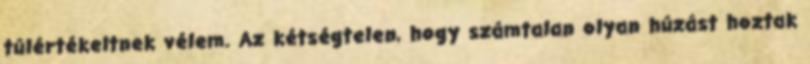
túlértékeltnek vélem. Az kétségtelen, hogy számtalan olyan húzást hoztak